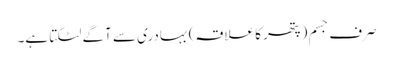
صرف جسم (پتھر کا علاقہ) بہادری سے آگے لٹکتا ہے۔